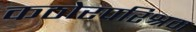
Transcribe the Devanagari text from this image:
कठोरपरिश्रम